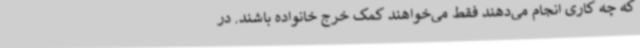
که چه کاری انجام می‌دهند فقط می‌خواهند کمک خرج خانواده باشند. در